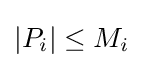
|P_{i}|\leq M_{i}